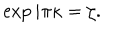
\exp i \pi \kappa = \zeta .